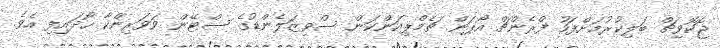
ޖޮކޮވިޗް ބަލިިކުރުމަށްފަހު ފްރެންޗް އޯޕަން ޗެމްޕިއަންކަން ސްވިޒަލެންޑުގެ ސްޓޭން ވަވަރިންކާ ހޯދައިފި އެވެ.